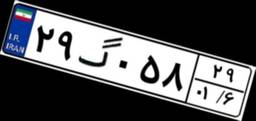
۲۹گ۰۵۸۲۹